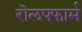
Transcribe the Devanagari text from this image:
रॊलपफार्म